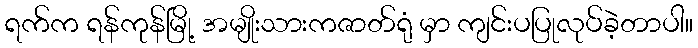
ရက်က ရန်ကုန်မြို့ အမျိုးသားကဇာတ်ရုံ မှာ ကျင်းပပြုလုပ်ခဲ့တာပါ။